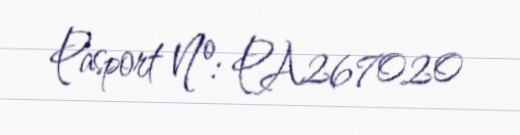
Pasport №: PA267020